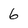
Character: 6